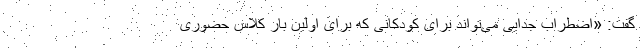
گفت: «اضطراب جدایی می‌تواند برای کودکانی که برای اولین بار کلاس حضوری